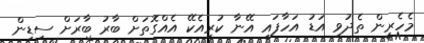
މެހެރީން ތެދުވި އަޑު އަހާފައި އޭނާ ކުރިއެކޭ އެއްގޮތަށް ބާރު ބާރަށް ސިޑިން